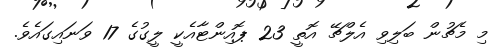
މި މެޗުން ބަލިވި އެލްޗޭ އޮތީ 23 ޕޮއިންޓާއެކީ ލީގުގެ 17 ވަނައިގައެވެ.